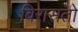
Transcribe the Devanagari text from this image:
विरासतो